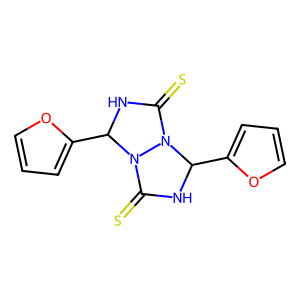
SMILES: S=C1NC(c2ccco2)N2C(=S)NC(c3ccco3)N12
Inhibits HIV replication: No